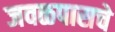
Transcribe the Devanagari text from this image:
जवळपासचे